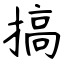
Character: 搞